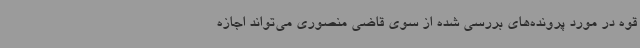
قوه در مورد پرونده‌های بررسی شده از سوی قاضی منصوری می‌تواند اجازه